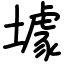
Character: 壉